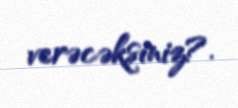
verəcəksiniz?.